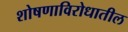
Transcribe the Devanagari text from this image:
शोषणाविरोधातील